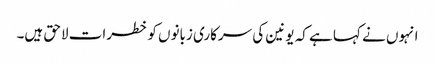
انہوں نے کہا ہے کہ یونین کی سرکاری زبانوں کو خطرات لاحق ہیں۔